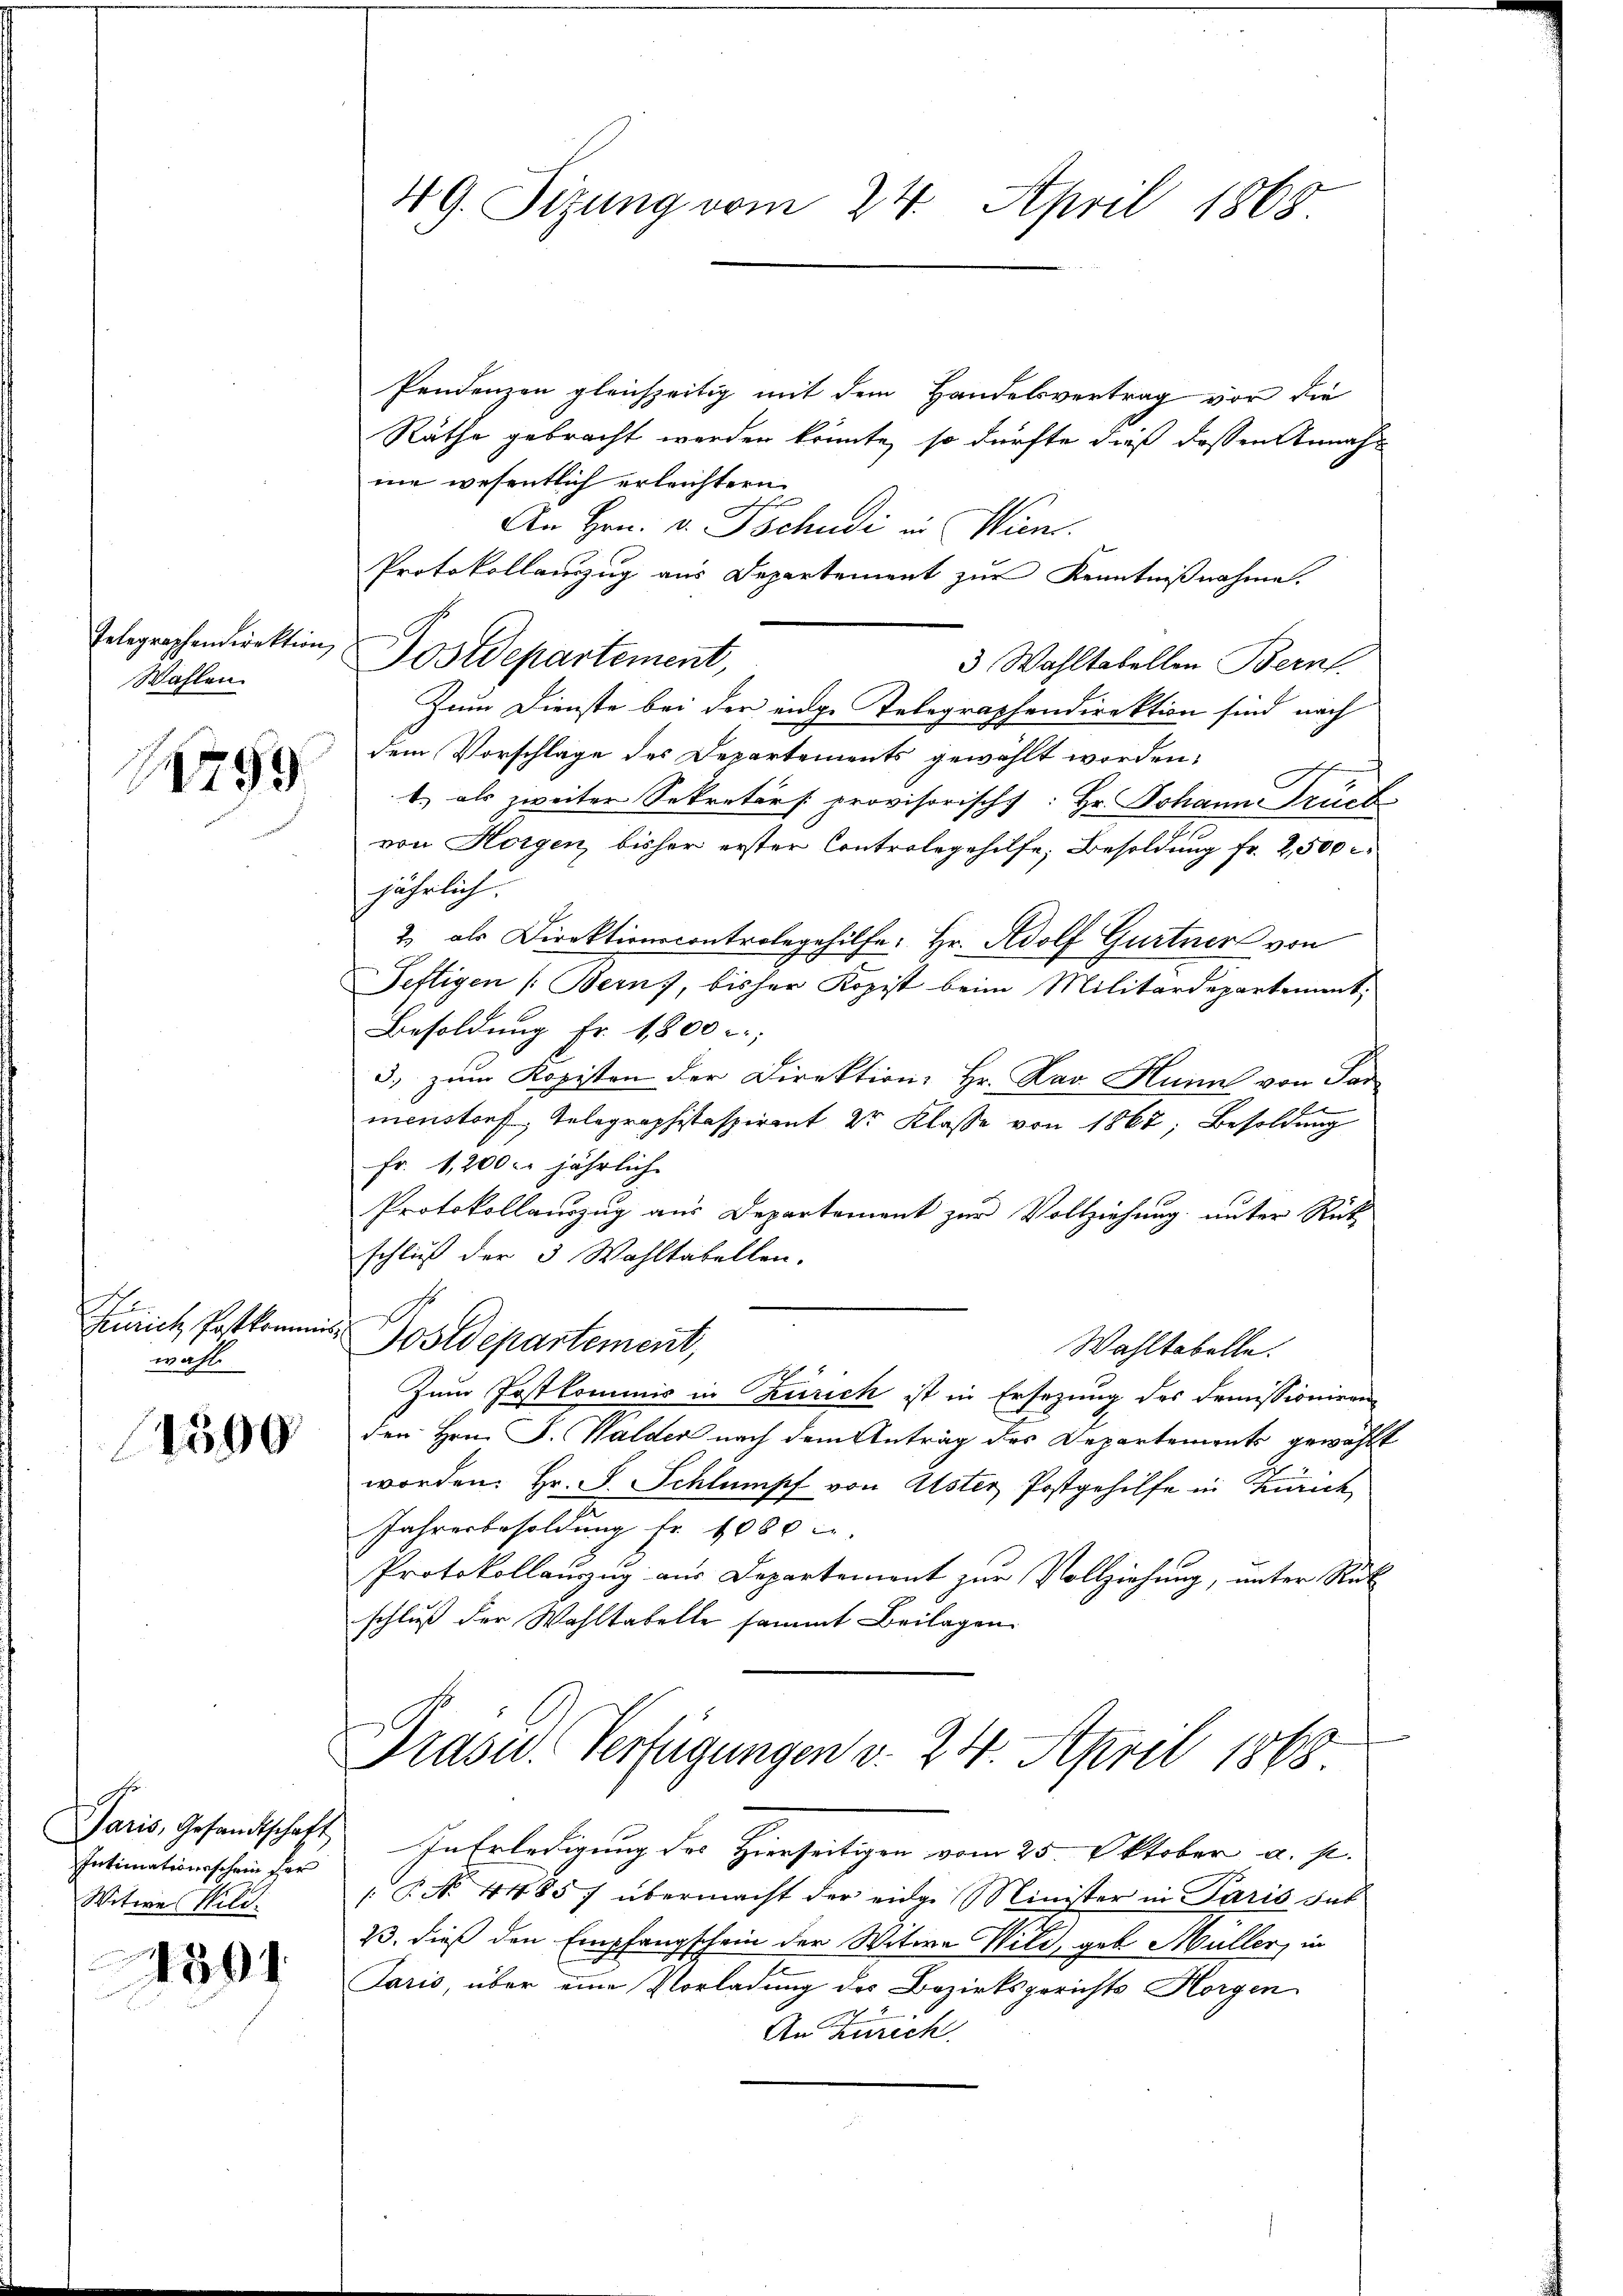
Gelegraphendirektion,
Wahlen.
1259.

2
Zürich, Postkommis
wahl

1590

Intimationsschein fer
Witwe Wild.

1501.

49. Sizung vom 24. April 1868.

Pendenzen gleichzeitig mit dem Handelsvertrag vor die
Räthe gebracht werden könnte, so dürfte dieß deßen Annahnie wesentlich erleichtern
An Hrn. v. Tschudi in Wuns
Protokollanzug aus Departement zur Kenntnißnahme.
Postdepartement,
3 Wahltabellen Bern.
Zum Dienste bei der eige Telegraphendirektion sind nach
dem Vorschläge des Departements gewählt worden.
e
b.) als zweiter Sekretärs provisorischs: Hr. Johann Truch
von Horgen, bisher erster Controlegehilfe, Besoldung fr. 2500 r.
jährlich.
2) als Direktionscontrolegehilfe: Hr. Adolf Gurtner von
Seftigen (Bern, bisher Kopist beim Militärdepartement.
Besoldung Fr. 1800 c;
3. zum Kopisten der Direktion, Hr. Rav Hunal von Par
menstorf, Telegraphistaspirant Dr Klasse von 1867; Besoldung
Fr. 1,200. jährlich
Protokollauszug aus Departement zur Vollziehung unter Rück
schluß der 3 Wahltabellen.
Postdepartement,
Wahltabelle.
Zum Postkommis in Zürich ist in Ersezung des Demissioniren
den Hrn. J. Walder nach dem Antrag des Departements gewählt
worden. Hr. F. Schlumpf von Uster Postgehilfe in Zürich
Jahresbesoldung fr. 1080 u.
Protokollauzug aus Departement zur Vollziehung, unter Rück
schluß der Wahltabelle sammt Beilagen.

Paris, Gesandtschaft In Erledigung des Hierseitigen vom 25. Oktober a. p.
§ No 44857 übermacht der eidge Minister in Paris sat
33, dieß den Empfangschein der Witwe Wild, geb. Müller, in
Paris, über eine Vorladung des Bezirksgerichts Horgen
An Zürich.

Drase. Verfügungen v. 24. April 1868